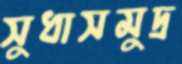
সুধাসমুদ্র